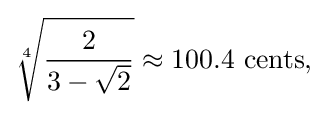
{\sqrt[{4}]{\frac {2}{3-{\sqrt {2}}}}}\approx 100.4{\text{ cents,}}